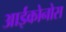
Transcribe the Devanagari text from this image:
आईकोनोस